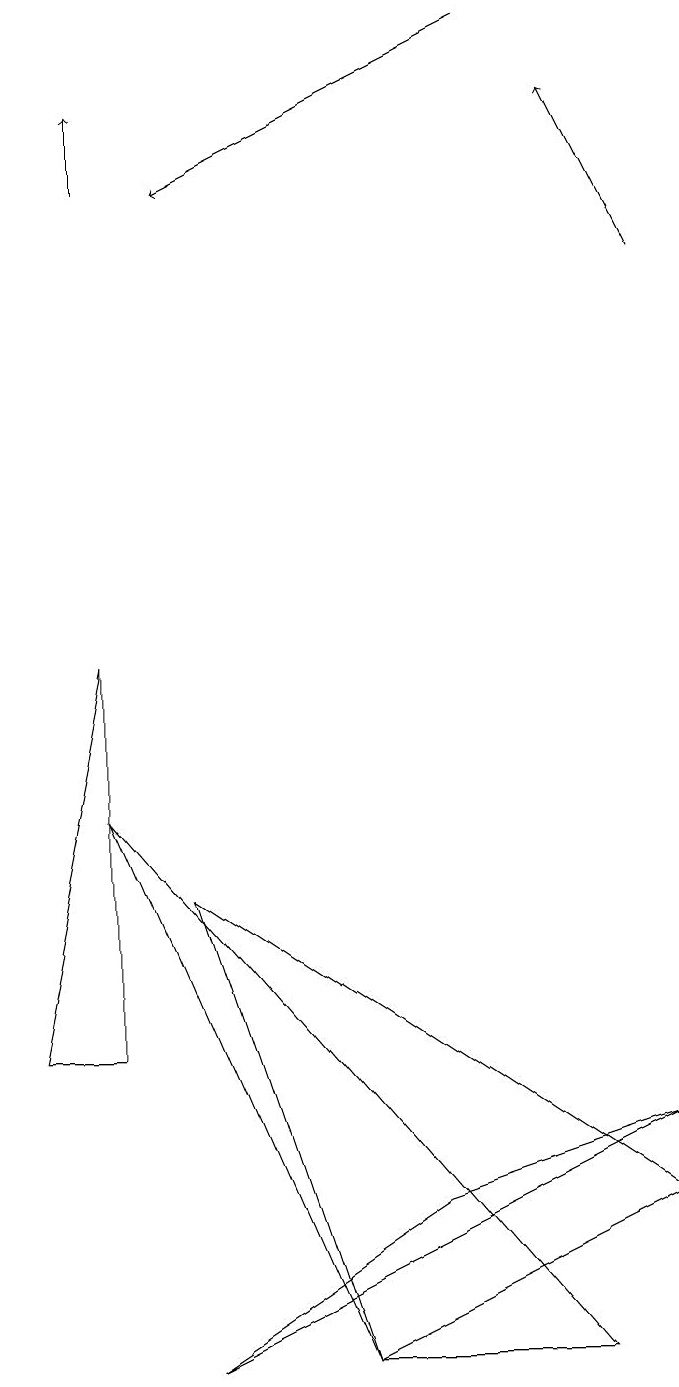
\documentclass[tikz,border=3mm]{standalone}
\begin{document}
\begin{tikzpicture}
\draw[->] (7,17) -- (3,15);
\draw (2,9) -- (1,4) -- (2,4) -- cycle;
\draw (3,0) -- (6,2) -- (9,3) -- cycle;
\draw[->] (2,15) -- (2,16);
\draw[->] (9,14) -- (8,16);
\draw (9,2) -- (5,0) -- (3,6) -- cycle;
\draw (5,0) -- (2,7) -- (8,0) -- cycle;
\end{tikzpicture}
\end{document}